Lunatic asylums Central Provinces reports 1895-1909 - 1895-1909
Year: 1895
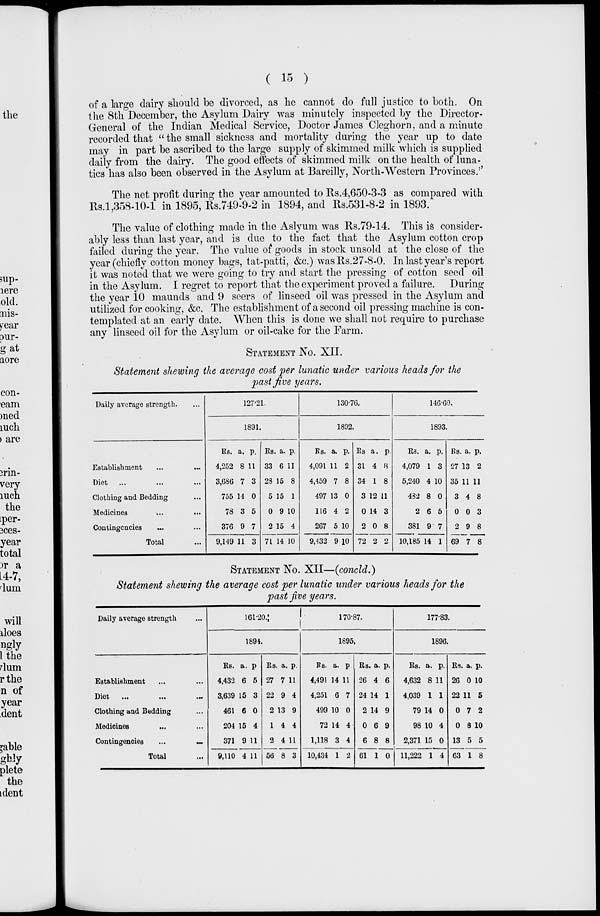
( 15 )
of a large dairy should be divorced, as he cannot do full justice to both. On
the 8th December, the Asylum Dairy was minutely inspected by the Director-
General of the Indian Medical Service, Doctor James Cleghorn, and a minute
recorded that "the small sickness and mortality during the year up to date
may in part be ascribed to the large supply of skimmed milk which is supplied
daily from the dairy. The good effects of skimmed milk on the health of luna-
tics has also been observed in the Asylum at Bareilly, North-Western Provinces.''
The net profit during the year amounted to Rs.4,650-3-3 as compared with
Rs.1,358-10-1 in 1895, Rs.749-9-2 in 1894, and Rs.531-8-2 in 1893.
The value of clothing made in the Aslyum was Rs.79-14. This is consider-
ably less than last year, and is due to the fact that the Asylum cotton crop
failed during the year. The value of goods in stock unsold at the close of the
year (chiefly cotton money bags, tat-patti, &c.) was Rs.27-8-0. In last year's report
it was noted that we were going to try and start the pressing of cotton seed oil
in the Asylum. I regret to report that the experiment proved a failure. During
the year 10 maunds and 9 seers of linseed oil was pressed in the Asylum and
utilized for cooking, &c. The establishment of a second oil pressing machine is con-
templated at an early date. When this is done we shall not require to purchase
any linseed oil for the Asylum or oil-cake for the Farm.
STATEMENT No. XII.
Statement shewing the average cost per lunatic under various heads for the
past five years.
Daily average strength. ...
Establishment ... ...
Diet
...
Clothing and Bedding ... ...
Medicines ... ...
Contingencies ... ...
Total ...
127.21.
1891.
Rs.
4,252
3,686
755
78
376
9,149
a.
8
7
14
3
9
11
p.
11
3
0
5
7
3
Rs
33
28
5
0
2
71
a.
6
15
15
9
15
14
p.
11
8
1
10
4
10
130.76.
1892.
Rs.
4,091
4,459
497
116
267
9,432
a.
11
7
13
4
5
9
p.
2
8
0
2
10
10
Rs
31
34
3
0
2
72
a.
4
1
12
14
0
2
p.
8
8
11
3
8
2
146.60.
1893.
Rs.
4,079
5,240
482
2
381
10,185
a.
1
4
8
6
9
14
p.
3
10
0
5
7
1
Rs.
27
35
3
0
2
69
a.
13
11
4
0
9
7
p.
2
11
8
3
8
8
STATEMENT No. XII—(concld.)
Statement shewing the average cost per lunatic under various heads for the
past five years.
Daily average strength
Establishment... ... ...
Diet
...
...
...
Clothing and Bedding...
Medicines ... ... ...
Contingencies
...
...
Total ...
161.20.
1894.
Rs.
4,432
3,639
461
204
371
9,110
a.
6
15
6
15
9
4
p.
5
3
0
4
11
11
Rs.
27
22
2
1
2
56
a.
7
9
13
4
4
8
p.
11
4
9
4
11
3
170.87.
1895.
Rs.
4,491
4,251
499
72
1,118
10,434
a.
14
6
10
14
3
1
p.
11
7
0
4
4
2
Rs.
26
24
2
0
6
61
a.
4
14
14
6
8
1
p.
6
1
9
9
8
0
177.83.
1896.
Rs.
4,632
4,039
79
98
2,371
11,222
a.
8
1
14
10
15
1
p.
11
1
0
4
0
4
Rs.
26
22
0
0
13
63
a.
0
11
7
8
5
1
p.
10
5
2
10
5
8